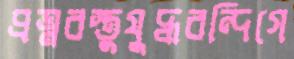
প্রত্নবস্তুযুদ্ধবন্দিগে